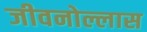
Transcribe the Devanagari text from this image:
जीवनोल्लास